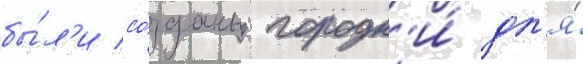
бы́л'и со́зданы городк'и́ дл'я́